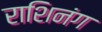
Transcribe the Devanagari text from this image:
राशिनंग